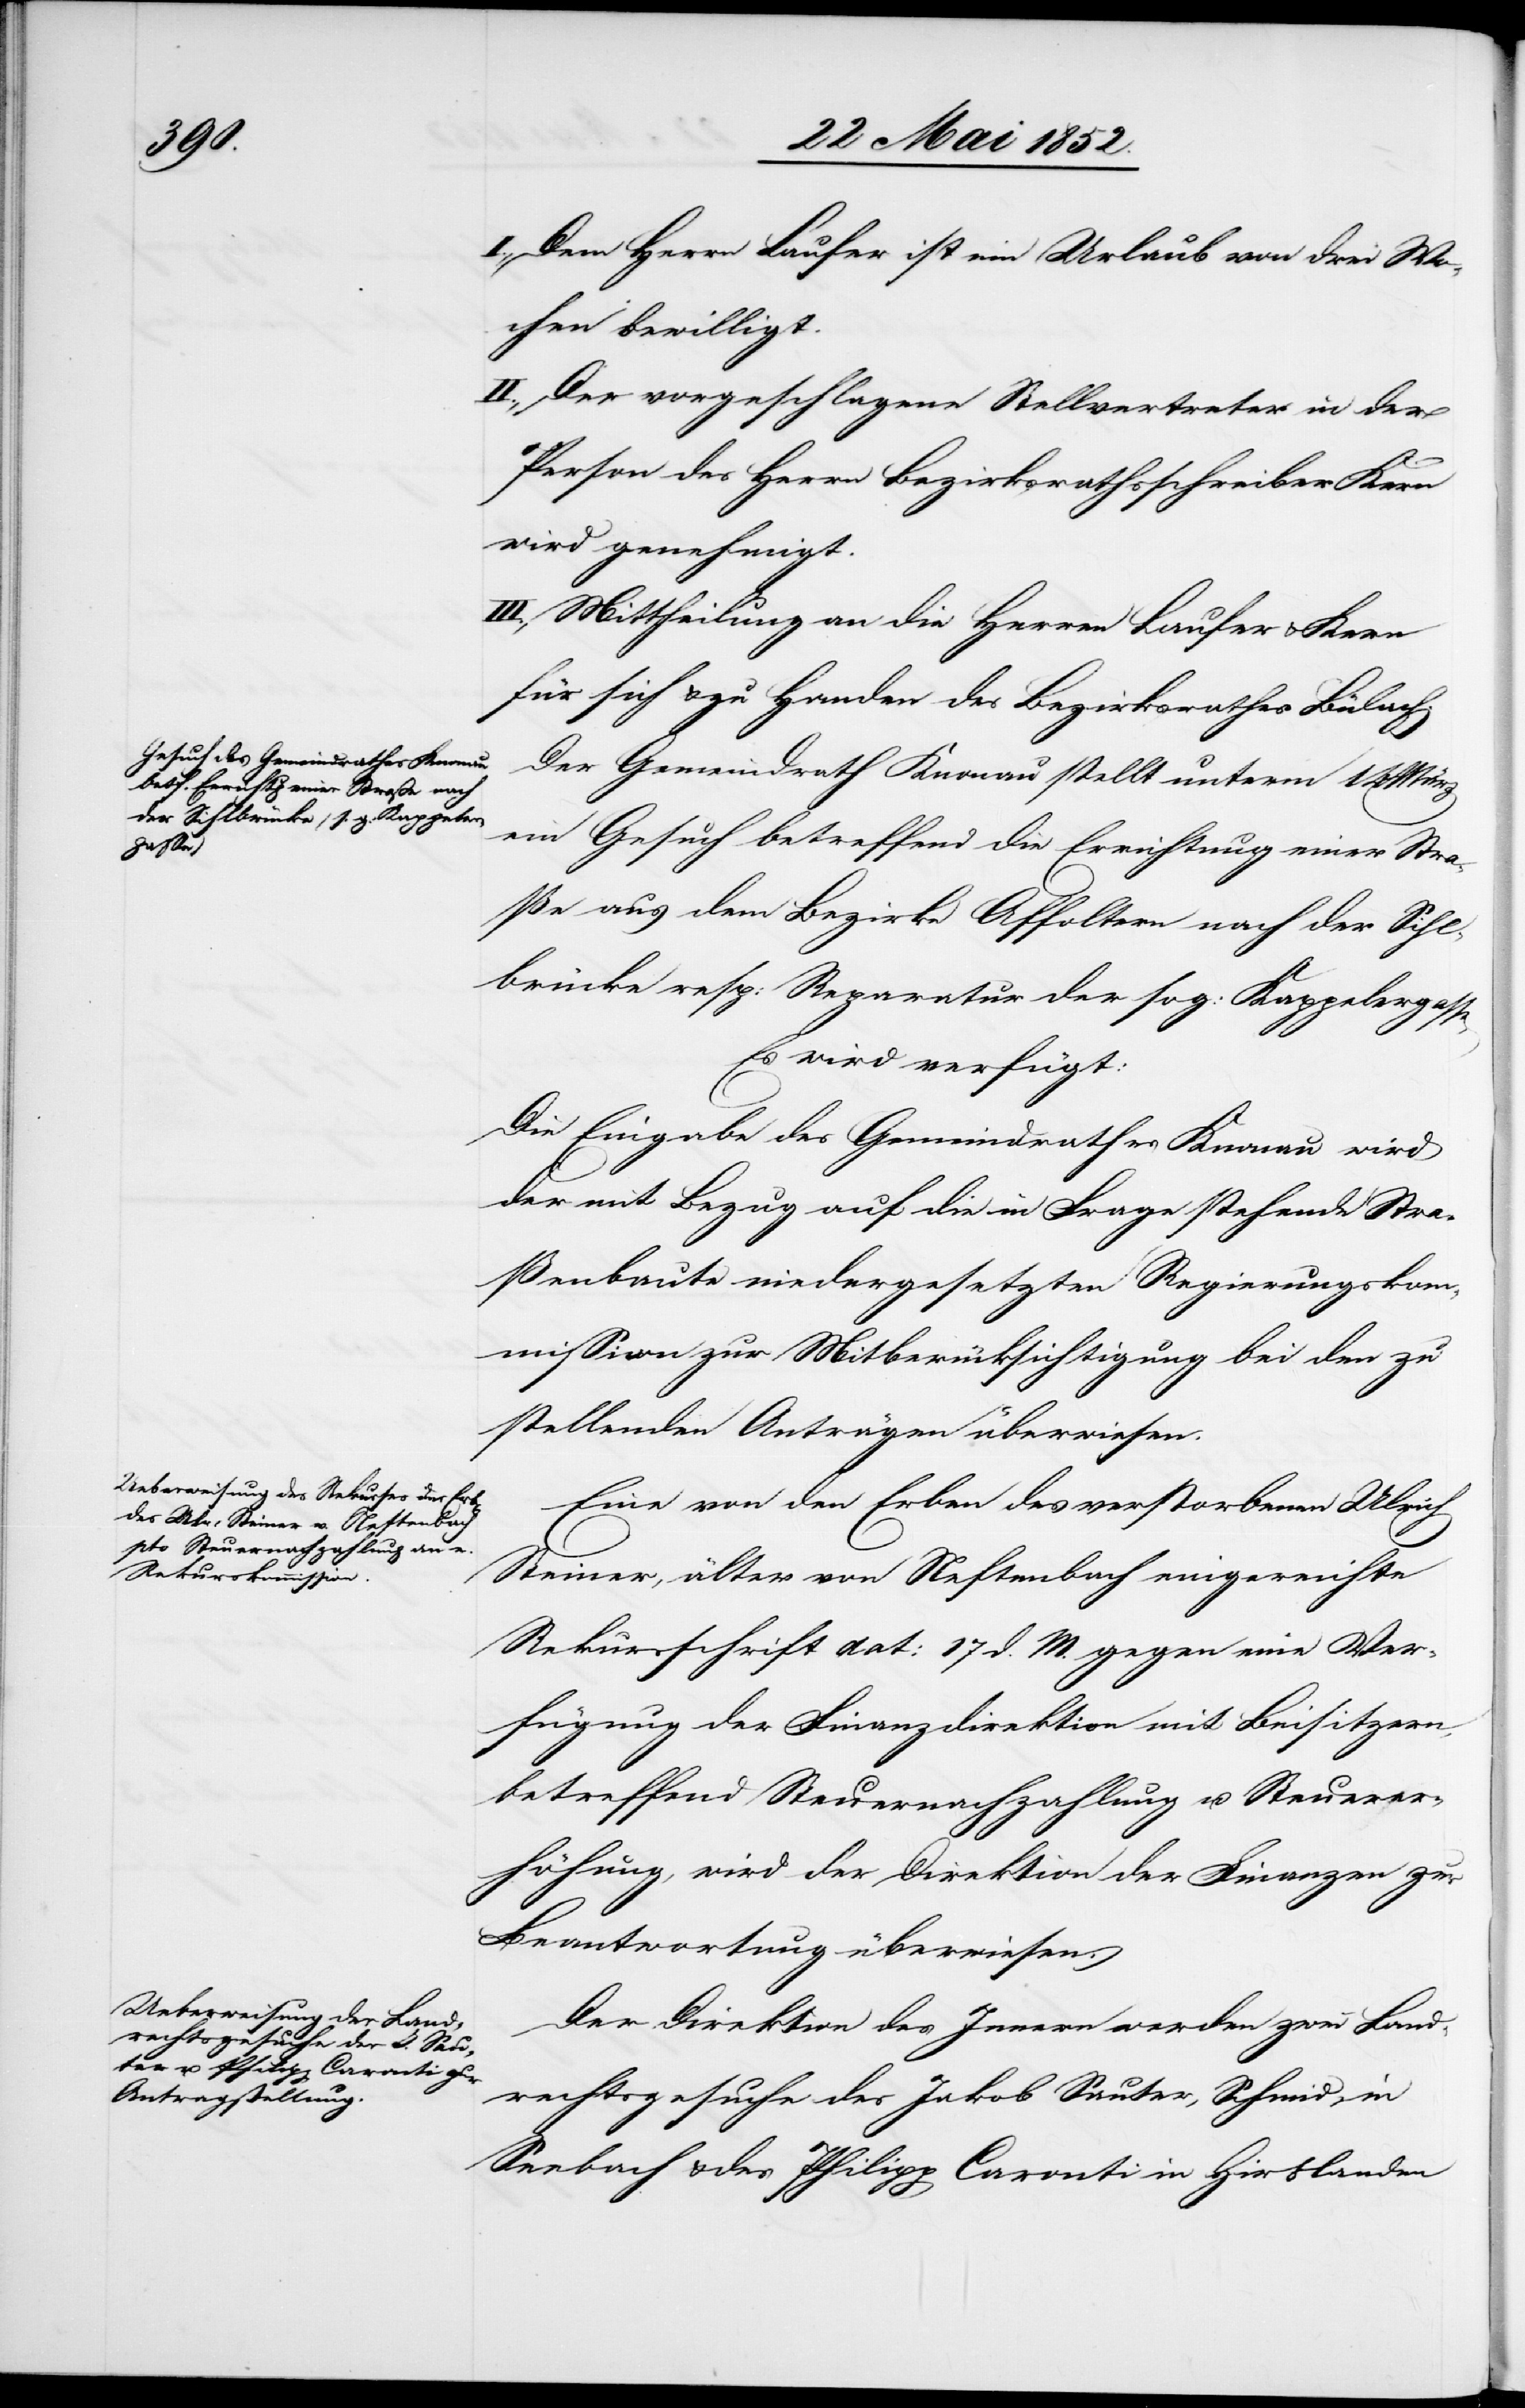
24 Mai 1852.]
I., Dem Herrn Laufer ist ein Urlaub von drei Wo¬
chen bewilligt.
II., Der vorgeschlagene Stellvertreter in der
Person des Herrn Bezirksrathsschreiber Kern
wird genehmigt.
III., Mittheilung an die Herren Laufer & Kern
für sich & zu Handen des Bezirksrathes Bülach.
Der Gemeindrath Knonau stellt unterm 14 März
ein Gesuch betreffend die Errichtung einer Stra¬
ße aus dem Bezirke Affoltern nach der Sihl¬
brücke resp: Reparatur der sog: Kappelergasse
Es wird verfügt:
Die Eingabe des Gemeindrathes Knonau wird
der mit Bezug auf die in Frage stehende Stra¬
ßenbaute niedergesetzten Regierungskom¬
mission zur Mitberücksichtigung bei den zu
stellenden Anträgen überwiesen.
Eine von den Erben des verstorbenen Ulrich
Steiner, älter von Neftenbach eingereichte
Rekursschrift dat: 17 d. M. gegen eine Ver¬
fügung der Finanzdirektion mit Beisitzern,
betreffend Steuernachzahlung u. Steuerer¬
höhung, wird der Direktion der Finanzen zur
Beantwortung überwiesen.
Der Direktion des Innern werden zwei Land¬
rechtsgesuche des Jakob Sauter, Schmid, in
Seebach & des Philipp Caronti in Hirslanden